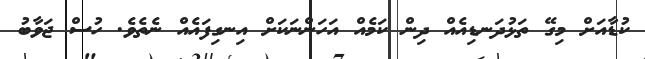
ކުޑާއަށް މިގޭ ތަޅުދަނޑިއެއް ދިން ކަމެއް އަހަންނަކަށް އިނގިފައެއް ނެތެވެ. ހުސް ޖަވާބު